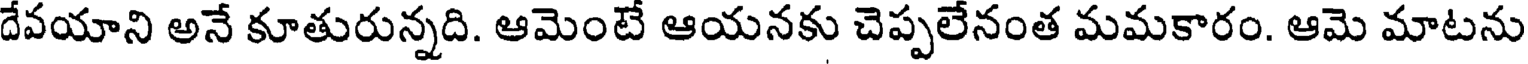
దేవయాని అనే కూతురున్నది. ఆమెంటే ఆయనకు చెప్పలేనంత మమకారం. ఆమె మాటను